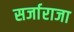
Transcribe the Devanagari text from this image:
सर्जाराजा